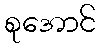
စုအောင်